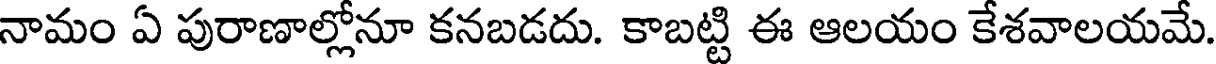
నామం ఏ పురాణాల్లోనూ కనబడదు. కాబట్టి ఈ ఆలయం కేశవాలయమే.